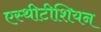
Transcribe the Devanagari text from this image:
एस्थीटीशियन